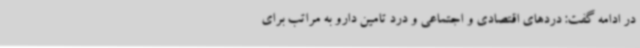
در ادامه گفت: دردهای اقتصادی و اجتماعی و درد تامین دارو به مراتب برای